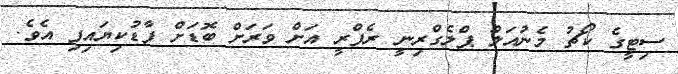
ސިޓީގެ ކޯޗު މެނުއަލް ޕްލެގްރިނީ ރެފްރީ އަށް ވަރަށް ބޮޑަށް ފާޑުކިޔައިފި އެވެ.